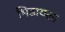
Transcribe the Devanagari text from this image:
भिडायला